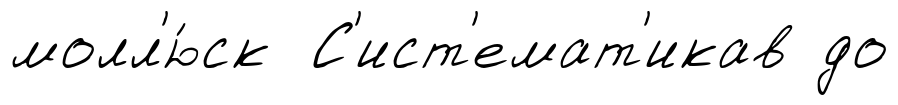
молл'ю́ск С'ист'емат'икав до